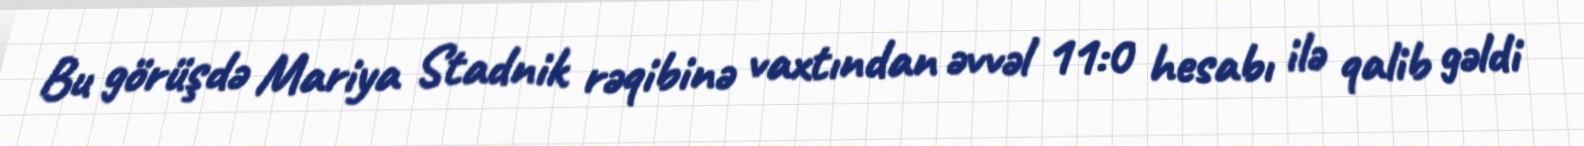
Bu görüşdə Mariya Stadnik rəqibinə vaxtından əvvəl 11:0 hesabı ilə qalib gəldi